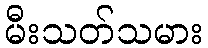
မီးသတ်သမား